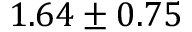
1 . 6 4 \pm 0 . 7 5